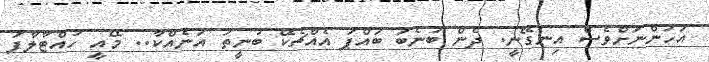
އަހަންނަށްވެސް އިނގޭނީ. ދެން ބުނެބަ ބައްޕަ އެއްޗެކޭ ބުނީތަ އަނެއްކާ.. މޭއީ ހުއްޓާލާފަ